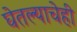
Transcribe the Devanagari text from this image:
घेतल्याचेही